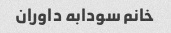
خانم سودابه داوران